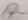
Text: a